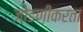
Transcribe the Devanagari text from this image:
जोडणीकरता